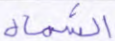
الشمال